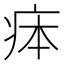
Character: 𤵳